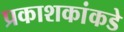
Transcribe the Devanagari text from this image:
प्रकाशकांकडे